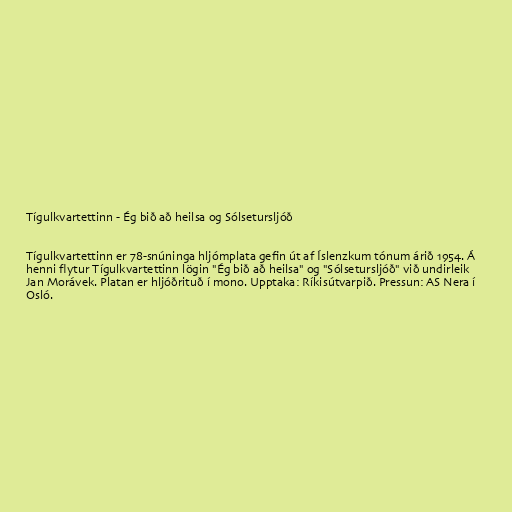
Tígulkvartettinn - Ég bið að heilsa og Sólsetursljóð

Tígulkvartettinn er 78-snúninga hljómplata gefin út af Íslenzkum tónum árið 1954. Á
henni flytur Tígulkvartettinn lögin "Ég bið að heilsa" og "Sólsetursljóð" við undirleik
Jan Morávek. Platan er hljóðrituð í mono. Upptaka: Ríkisútvarpið. Pressun: AS Nera í
Osló.